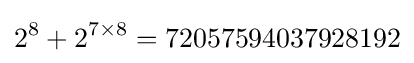
2^{8}+2^{7\times 8}=72057594037928192